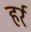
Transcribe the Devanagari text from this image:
हर्र